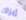
إيزاك